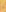
-